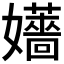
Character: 𡤑